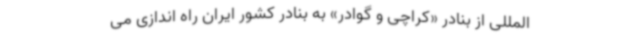
المللی از بنادر «کراچی و گوادر» به بنادر کشور ایران راه اندازی می